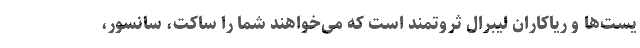
یست‌ها و ریاکاران لیبرال ثروتمند است که می‌خواهند شما را ساکت، سانسور،